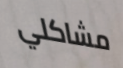
مشاكلي